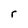
Character: r